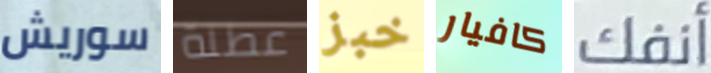
سوريش عطلة خبز كافيار أنفك